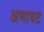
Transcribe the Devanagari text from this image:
अमावट